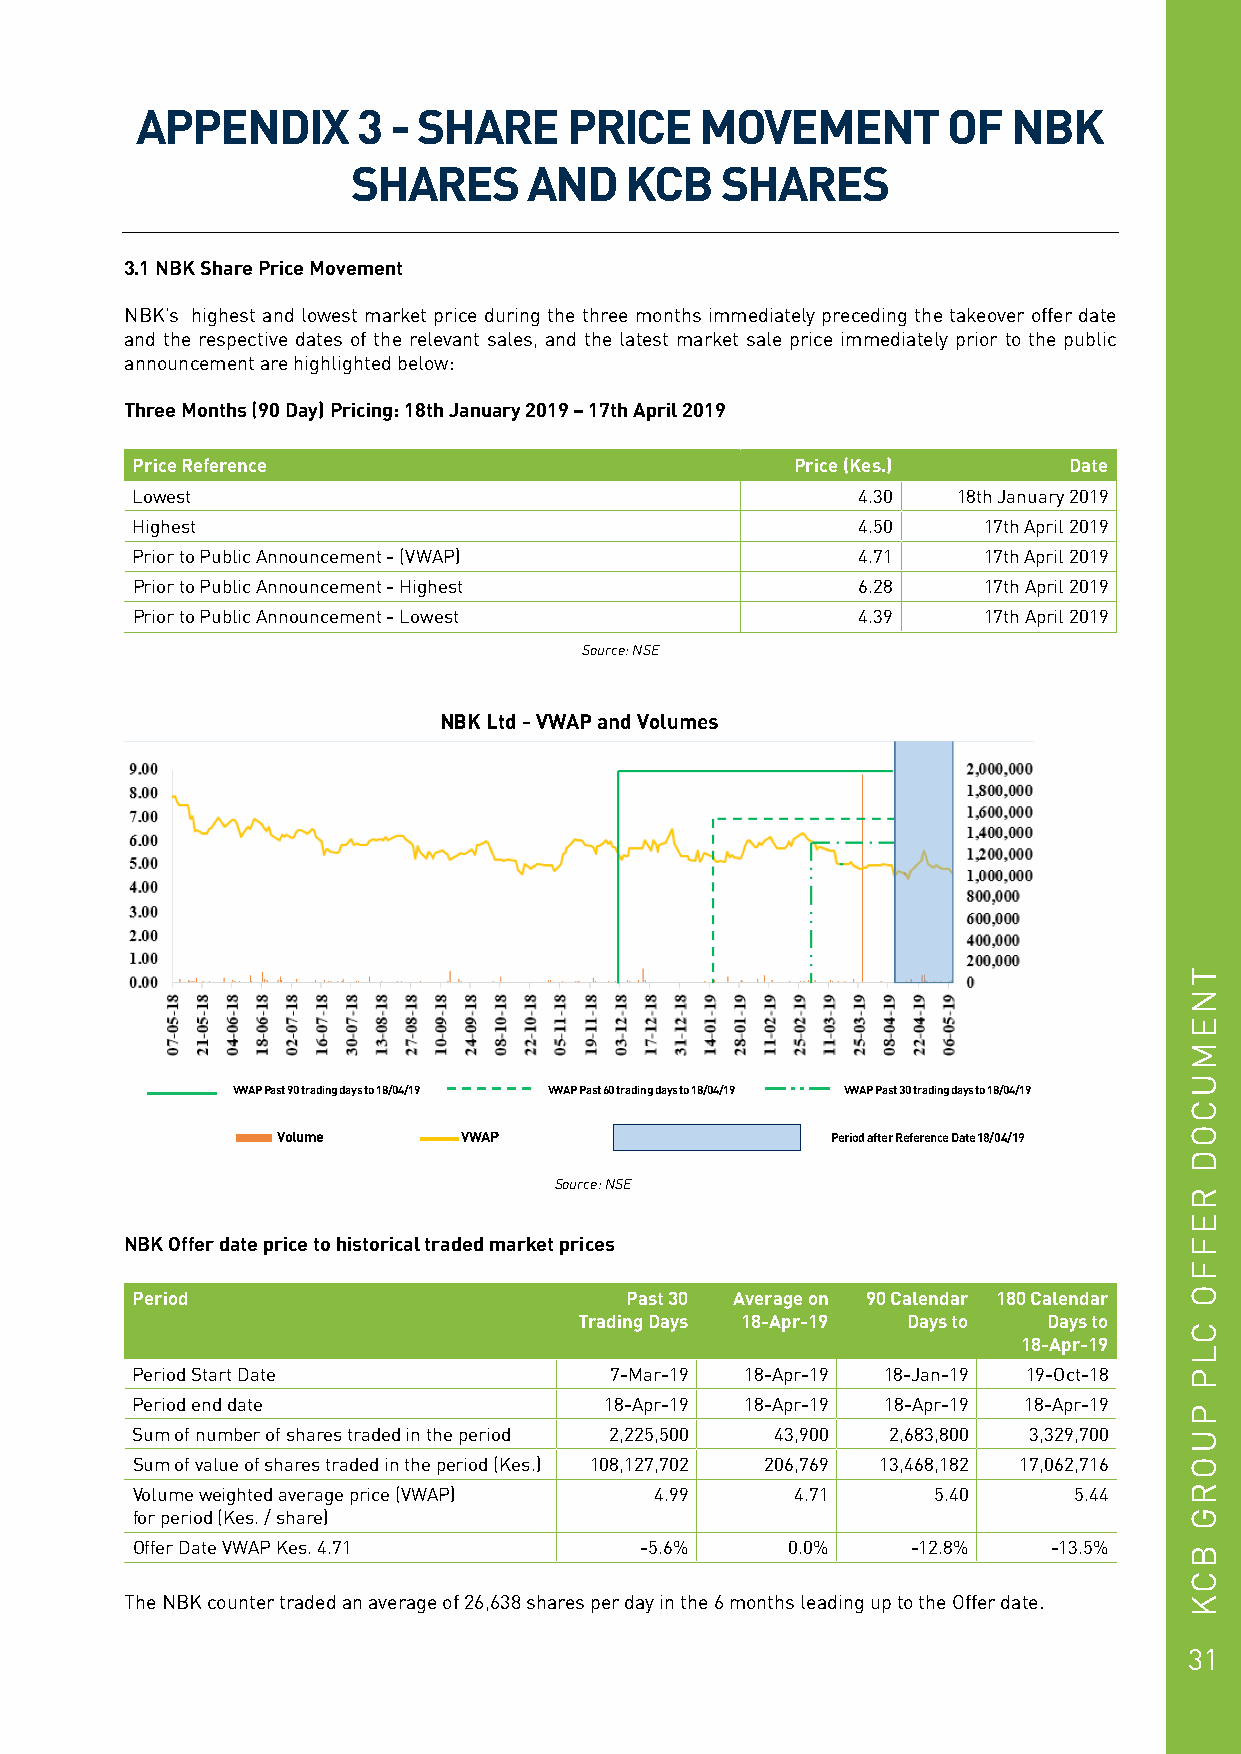
APPENDIX       3 - SHARE     PRICE   MOVEMENT         OF  NBK
 SHARES      AND   KCB    SHARES
 3.1 NBK Share Price Movement
 NBK’s highest and lowest market price during the three months immediately preceding the takeover offer date
 and the respective dates of the relevant sales, and the latest market sale price immediately prior to the public
 announcement are highlighted below:
 Three Months (90 Day) Pricing: 18th January 2019 – 17th April 2019
 Price Reference                             Price (Kes.)      Date
 Lowest                                          4.30  18th January 2019
 Highest                                         4.50    17th April 2019
 Prior to Public Announcement - (VWAP)           4.71    17th April 2019
 Prior to Public Announcement - Highest          6.28    17th April 2019
 Prior to Public Announcement - Lowest           4.39    17th April 2019
 Source: NSE
 NBK Ltd - VWAP and Volumes
 VWAP Past 90 trading days to 18/04/19 VWAP Past 60 trading days to 18/04/19 VWAP Past 30 trading days to 18/04/19
 Volume       VWAP                    Period after Reference Date 18/04/19
 Source: NSE
 NBK Offer date price to historical traded market prices
 Period                          Past 30 Average on 90 Calendar 180 Calendar
 Trading Days 18-Apr-19 Days to Days to
 18-Apr-19
 Period Start Date              7-Mar-19 18-Apr-19 18-Jan-19 19-Oct-18
 Period end date                18-Apr-19 18-Apr-19 18-Apr-19 18-Apr-19
 Sum of number of shares traded in the period 2,225,500 43,900 2,683,800 3,329,700
 Sum of value of shares traded in the period (Kes.) 108,127,702 206,769 13,468,182 17,062,716
 Volume weighted average price (VWAP) 4.99   4.71     5.40     5.44
 for period (Kes. / share)
 Offer Date VWAP Kes. 4.71        -5.6%     0.0%    -12.8%    -13.5%
 The NBK counter traded an average of 26,638 shares per day in the 6 months leading up to the Offer date.
 31
 TNEMUCOD
 REFFO
 CLP
 PUORG
 BCK